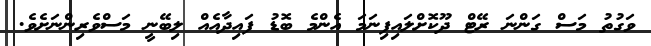
ވަގުތު މަސް ގަންނަ ރޭޓް ދޫކޮށްލައިފިނަމަ އެންމެ ބޮޑު ފައިދާއެއް ލިބޭނީ މަސްވެރިންނަށެވެ.